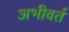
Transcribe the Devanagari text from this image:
अभीवर्त